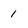
Character: 1